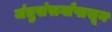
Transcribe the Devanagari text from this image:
जंतुसंसर्गापासून